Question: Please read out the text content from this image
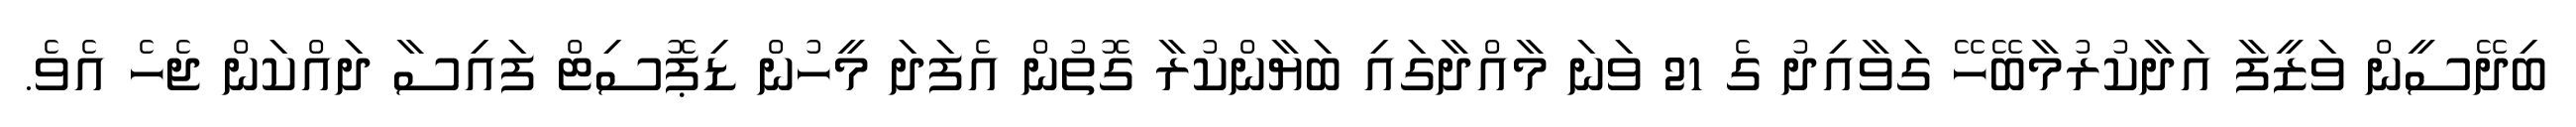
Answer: ބިދޭސީން ވަޒީފާ އަދާކުރުމާބޭހޭ ގަވާއިދު ގެ 21 ވަނަ މާއްދާގައި ބަޔާންކުރާ ގޮތުން އެފަދަ މީހުން ޑިޕޮސިޓް ފައިސާ ދައްކަން ޖެހެ އެވެ.